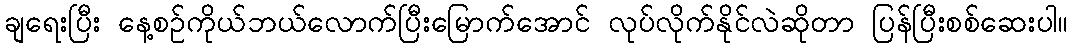
ချရေးပြီး နေ့စဉ်ကိုယ်ဘယ်လောက်ပြီးမြောက်အောင် လုပ်လိုက်နိုင်လဲဆိုတာ ပြန်ပြီးစစ်ဆေးပါ။